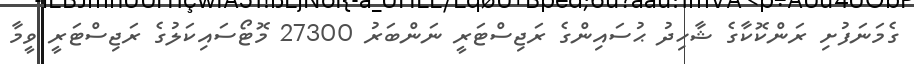
ގެމަނަފުށި ރަންކޮކާގެ ޝާހިދު ޙުސައިންގެ ރަޖިސްޓަރީ ނަންބަރު 27300 މޮޓޯސައިކަލުގެ ރަޖިސްޓަރީ ވީމާ